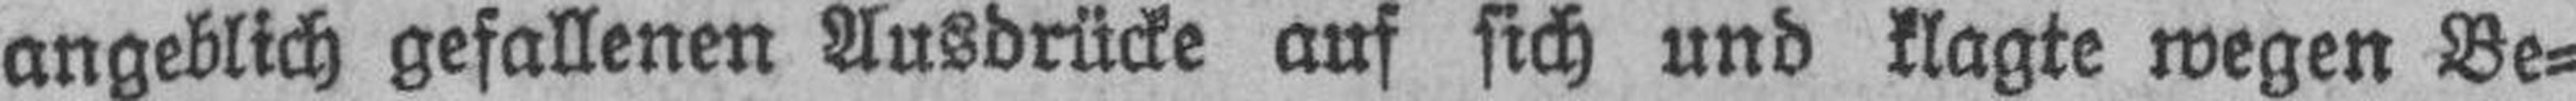
angeblich gefallenen Ausdrücke auf sich und klagte wegen Be¬